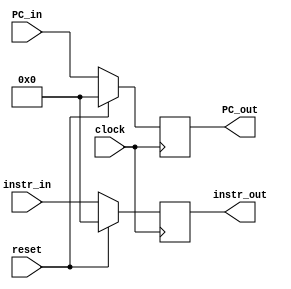
//IF_ID_pipe.v

module IF_ID_pipe(
	input wire clock,
	input wire reset,
	input wire [31:0] PC_in,
	input wire [31:0] instr_in,
	output reg [31:0] PC_out,
	output reg [31:0]	instr_out
	);
	
	initial begin
		instr_out = 0;
	end
	
	always @(posedge clock) begin
	
		if (reset == 1'b1) begin
			PC_out<=0;
			instr_out<=0;
		end
		
		else begin
			PC_out<=PC_in;
			instr_out<=instr_in;
		end
		
	end
endmodule